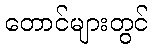
တောင်များတွင်